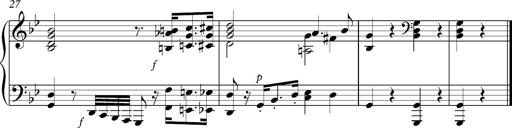
Title: Marche funÃ¨bre, S.226a
Composer: Franz Liszt
Key: G minor